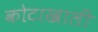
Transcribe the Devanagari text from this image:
कोटाखाली